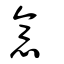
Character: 意